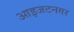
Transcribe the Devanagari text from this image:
आइजटनगर